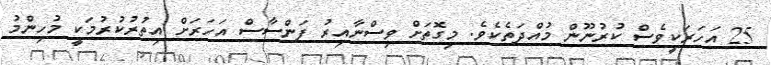
25 އަހަރަކީވެސް ކުރުނޫން މުއްދަތެކެވެ. މިގޮތަށް ވިސްނާއިރު ފަންސާސް އަހަރަށް އިތުރުކުރުމަކީ މުހިންމު